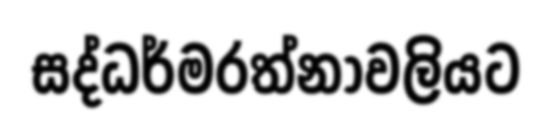
සද්ධර්මරත්නාවලියට